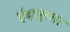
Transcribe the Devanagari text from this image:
इंदापूरला